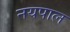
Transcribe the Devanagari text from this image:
नयपाल